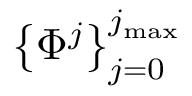
\left\{ \Phi ^ { j } \right\} _ { j = 0 } ^ { j _ { \mathrm { m a x } } }